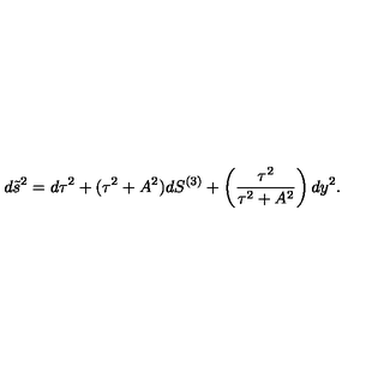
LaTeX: d \tilde { s } ^ { 2 } = d \tau ^ { 2 } + ( \tau ^ { 2 } + A ^ { 2 } ) d S ^ { ( 3 ) } + \left( { \frac { \tau ^ { 2 } } { \tau ^ { 2 } + A ^ { 2 } } } \right) d y ^ { 2 } .